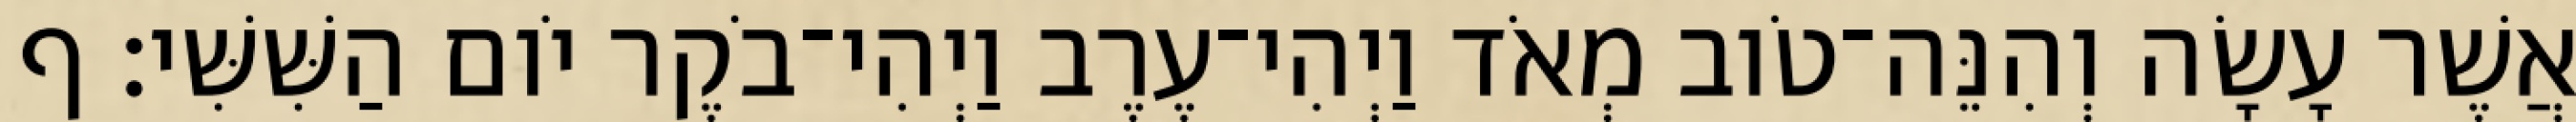
אֲשֶׁר עָשָׂה וְהִנֵּה־טֹוב מְאֹד וַיְהִי־עֶרֶב וַיְהִי־בֹקֶר יֹום הַשִּׁשִּׁי׃ ף